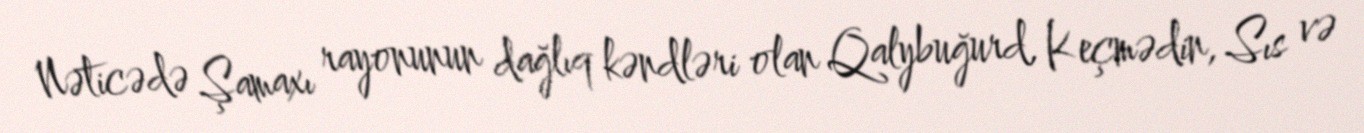
Nəticədə Şamaxı rayonunun dağlıq kəndləri olan Qalybuğurd, Keçmədin, Sıs və